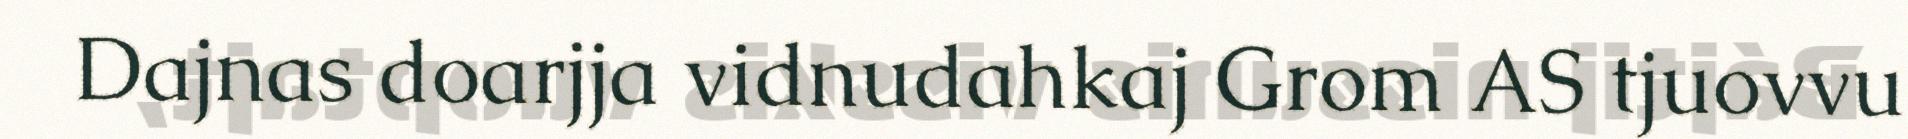
Dajnas doarjja vidnudahkaj Grom AS tjuovvu